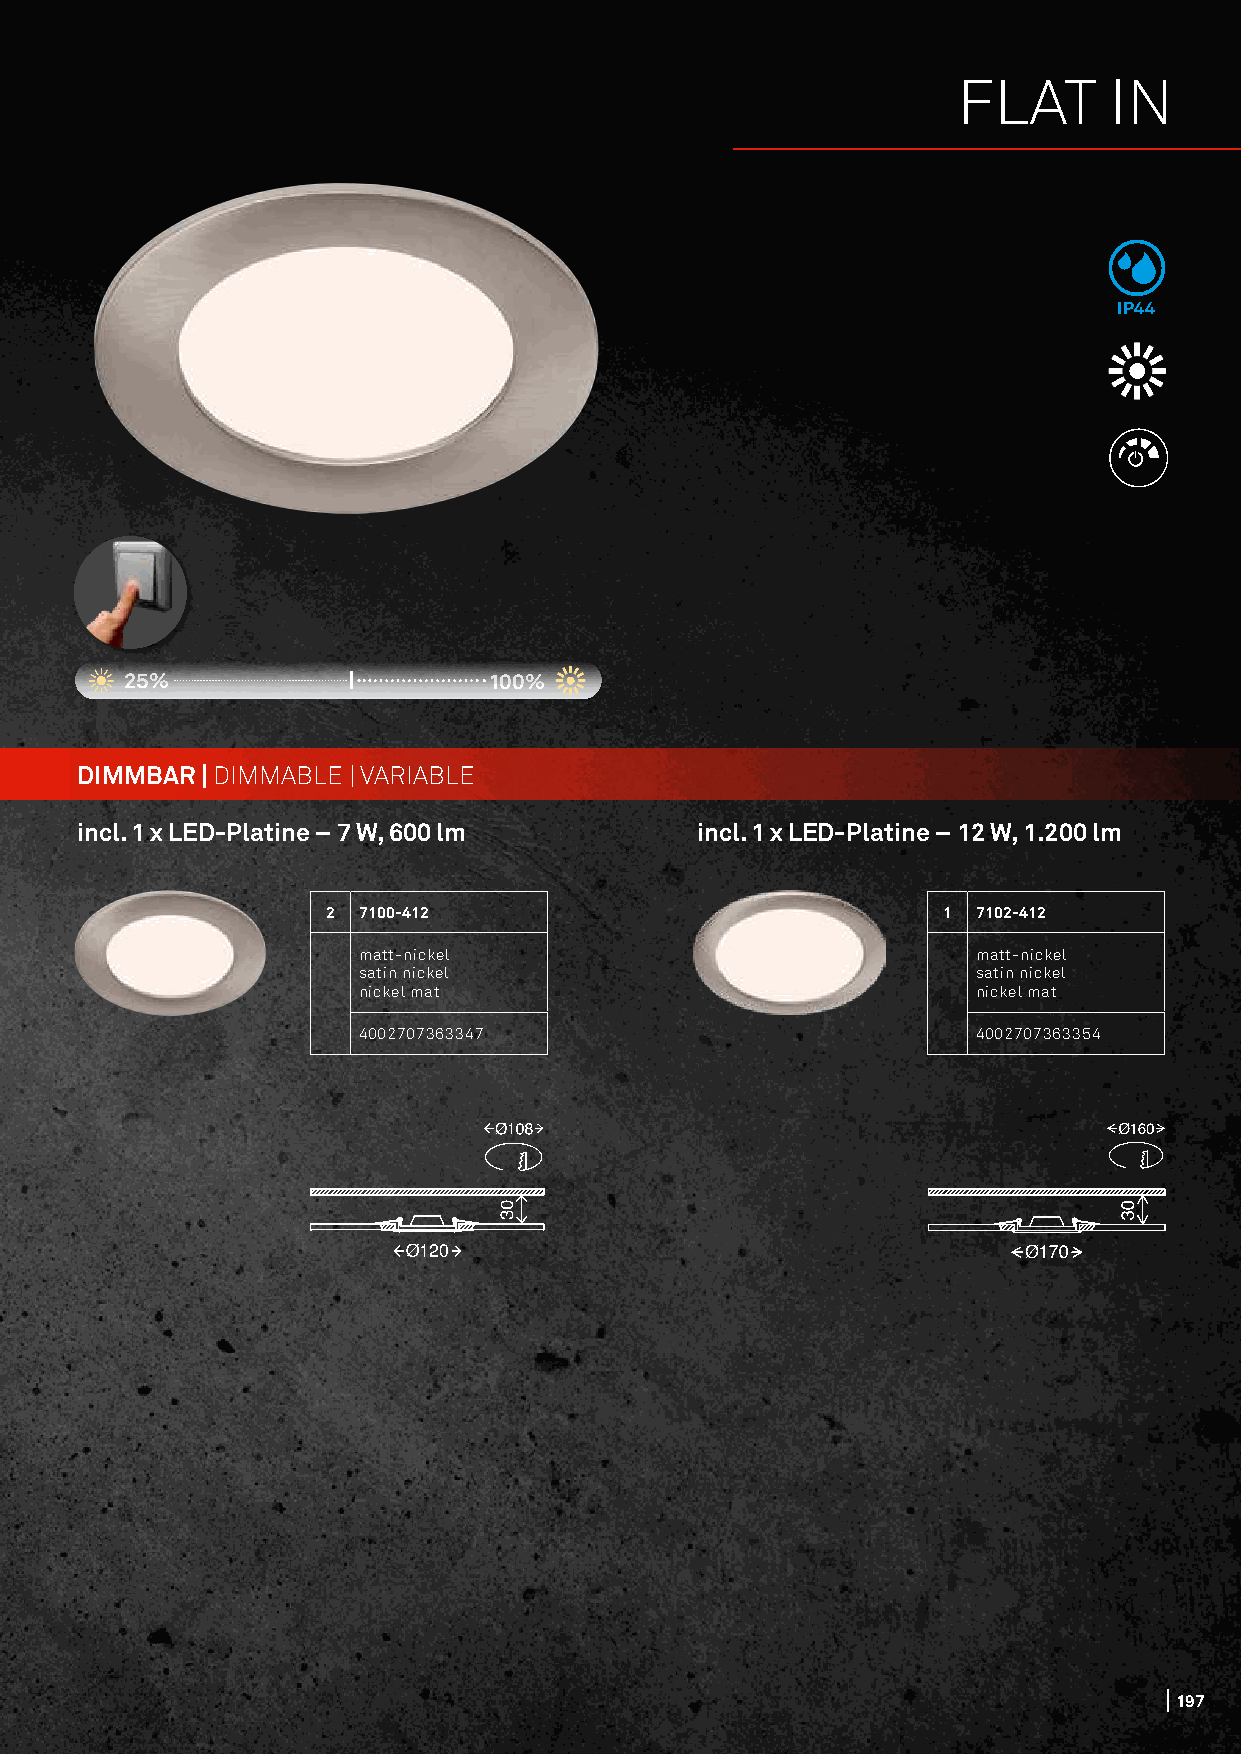
FLAT      IN
 IP44
 25%                     100%
 DIMMBAR | DIMMABLE | VARIABLE
 incl. 1 x LED-Platine – 7 W, 600 lm      incl. 1 x LED-Platine – 12 W, 1.200 lm
 2 7100-412                              1  7102-412
 matt-nickel                              matt-nickel
 satin nickel                             satin nickel
 nickel mat                               nickel mat
 4002707363347                            4002707363354
 197